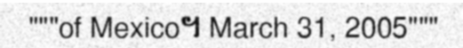
"""of Mexico។ March 31, 2005"""